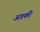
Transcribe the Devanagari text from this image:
अडकी